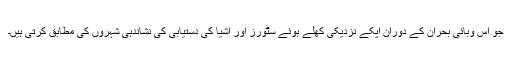
جو اس وبائی بحران کے دوران اپکے نزدیکی کھلے ہوئے سٹورز اور اشیا کی دستیابی کی نشاندہی شہروں کی مطابق کرتی ہیں۔